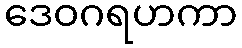
ဒေဝဂရဟကာ